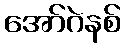
အော်ဂဲနစ်